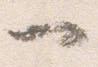
一